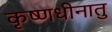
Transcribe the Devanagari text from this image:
कृष्णधीनातु